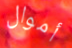
أموال